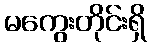
မကွေးတိုင်းရှိ